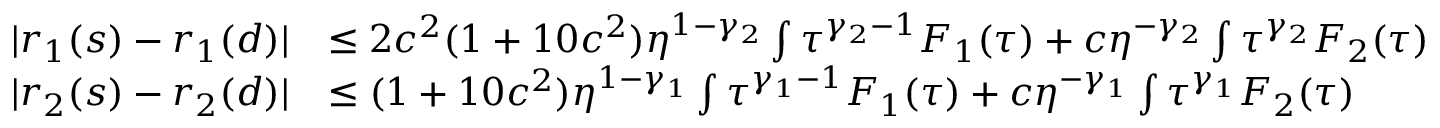
\begin{array} { r l } { \vert r _ { 1 } ( s ) - r _ { 1 } ( d ) \vert } & { \le 2 c ^ { 2 } ( 1 + 1 0 c ^ { 2 } ) \eta ^ { 1 - \gamma _ { 2 } } \int \tau ^ { \gamma _ { 2 } - 1 } F _ { 1 } ( \tau ) + c \eta ^ { - \gamma _ { 2 } } \int \tau ^ { \gamma _ { 2 } } F _ { 2 } ( \tau ) } \\ { \vert r _ { 2 } ( s ) - r _ { 2 } ( d ) \vert } & { \le ( 1 + 1 0 c ^ { 2 } ) \eta ^ { 1 - \gamma _ { 1 } } \int \tau ^ { \gamma _ { 1 } - 1 } F _ { 1 } ( \tau ) + c \eta ^ { - \gamma _ { 1 } } \int \tau ^ { \gamma _ { 1 } } F _ { 2 } ( \tau ) } \end{array}